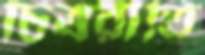
চিত্ররীতি